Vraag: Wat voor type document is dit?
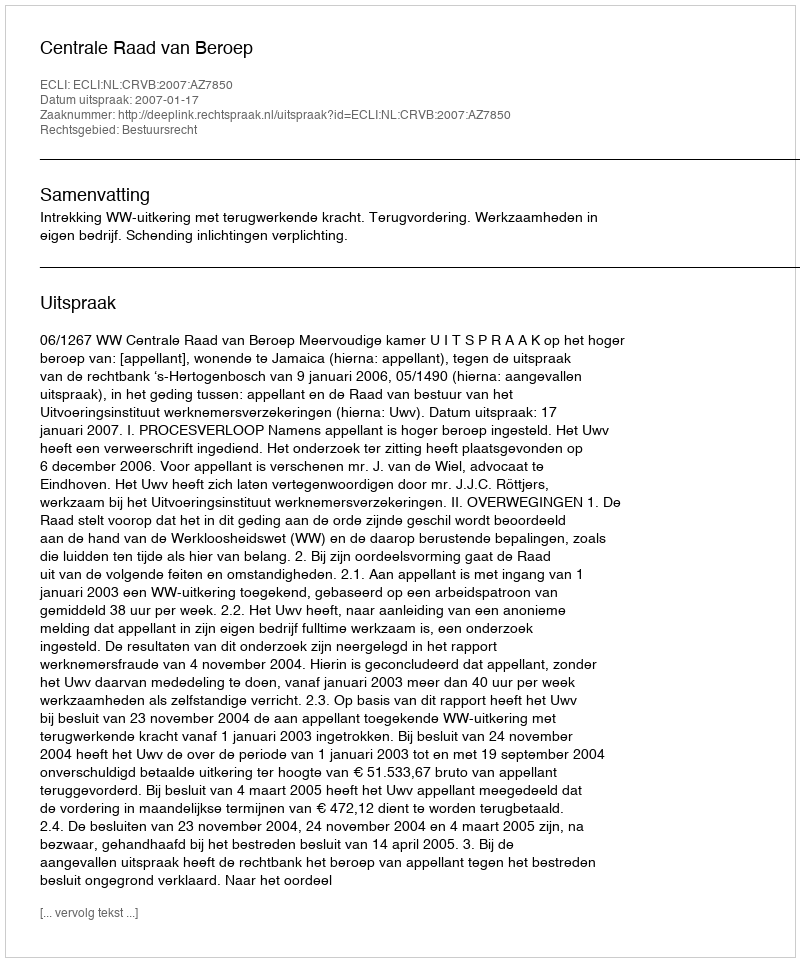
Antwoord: Uitspraak